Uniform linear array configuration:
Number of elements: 24
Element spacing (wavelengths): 1
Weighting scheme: cosine
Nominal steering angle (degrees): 60
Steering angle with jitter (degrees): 58.69
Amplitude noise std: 0.05
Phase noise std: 0.05

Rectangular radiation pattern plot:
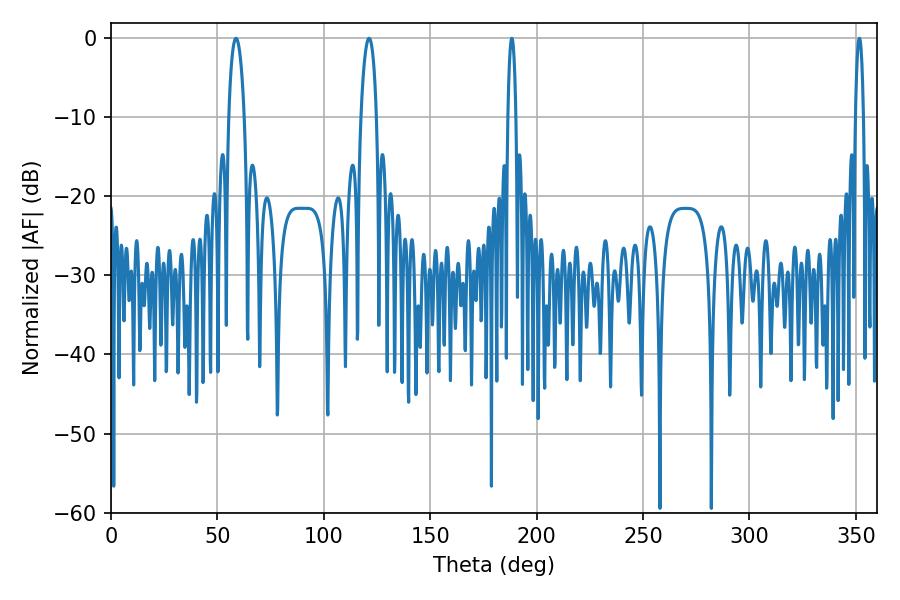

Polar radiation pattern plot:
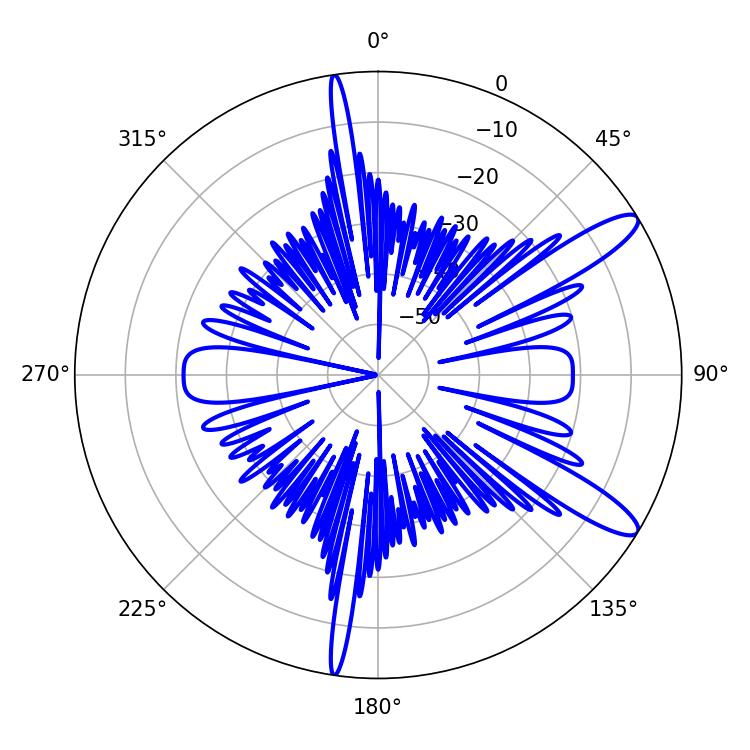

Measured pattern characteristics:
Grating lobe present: TRUE
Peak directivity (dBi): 12.07
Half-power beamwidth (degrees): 4.14
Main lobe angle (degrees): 58.68